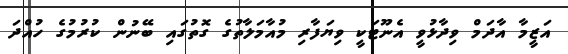
އަޒީމާ އާދަމް ވިދާޅުވީ އެނޫޓަކީ ވިޔަފާރި މުއާމަލާތުގެ ގޮތުގައި ބޭނުން ކުރުމުގެ ހުއްދަ